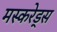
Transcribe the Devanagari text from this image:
मस्करेड्स